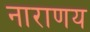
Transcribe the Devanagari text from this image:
नाराणय